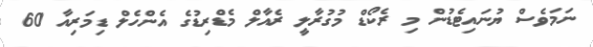
ނަމަވެސް ޔުނައިޓެޑުން މި ރެކޯޑް މުގުރާލީ ރެެއާލް މެޑްރިޑުގެ އެންހެލް ޑިމަރިއާ 60